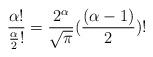
LaTeX: \begin{align*}\frac{\alpha !}{\frac{\alpha}{2}!} = \frac{2^{\alpha}}{\sqrt{\pi}}(\frac{(\alpha-1)}{2})!\end{align*}